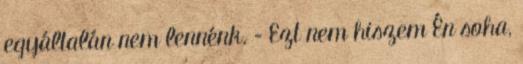
egyáltalán nem lennénk. – Ezt nem hiszem Én soha,